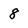
Character: 8